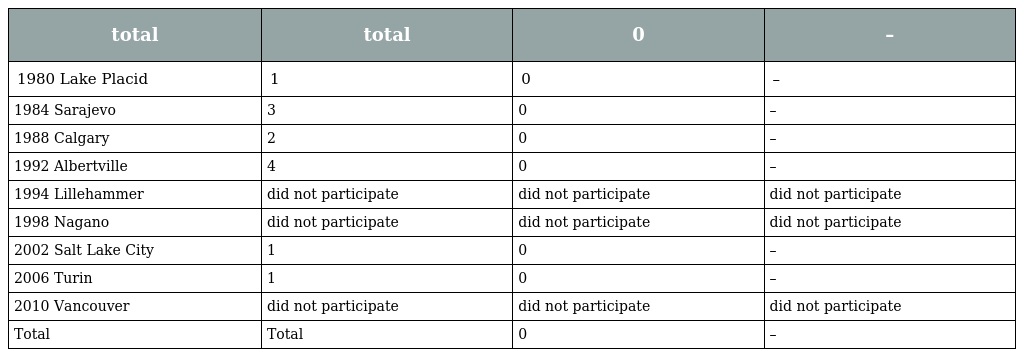
| total | total | 0 | – |
 | --- | --- | --- | --- |
 | 1980 Lake Placid | 1 | 0 | – |
 | 1984 Sarajevo | 3 | 0 | – |
 | 1988 Calgary | 2 | 0 | – |
 | 1992 Albertville | 4 | 0 | – |
 | 1994 Lillehammer | did not participate | did not participate | did not participate |
 | 1998 Nagano | did not participate | did not participate | did not participate |
 | 2002 Salt Lake City | 1 | 0 | – |
 | 2006 Turin | 1 | 0 | – |
 | 2010 Vancouver | did not participate | did not participate | did not participate |
 | Total | Total | 0 | – |